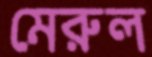
মেরুল